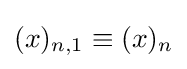
(x)_{n,1}\equiv (x)_{n}